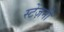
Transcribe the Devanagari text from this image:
स्टेंज़नी